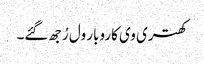
کھتری وی کاروبار ول رُجھ گئے۔